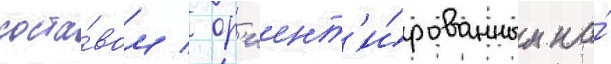
соста́вом / ор'иент'и́рованным на́